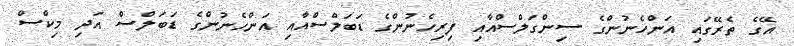
އޭގެ ތެރޭގައި އަންހެނުންގެ ސިންގަލްސްއާއި ފިރިހެނުންގެ ޑަބަލްސްއާއި އަންހެނުންގެ ޑަބަލްސް އަދި މިކްސް